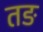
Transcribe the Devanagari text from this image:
तङ